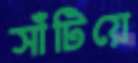
সাঁটিয়ে